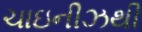
ચાઇનીઝથી